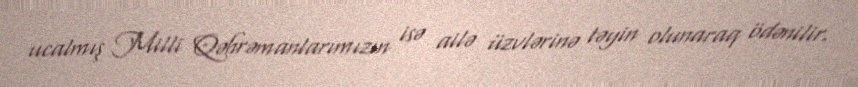
ucalmış Milli Qəhrəmanlarımızın isə ailə üzvlərinə təyin olunaraq ödənilir.